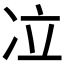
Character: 𰃹